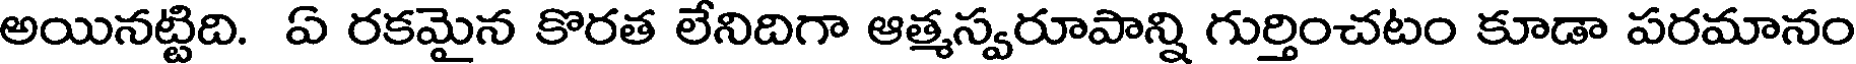
అయినట్టిది. ఏ రకమైన కొరత లేనిదిగా ఆత్మస్వరూపాన్ని గుర్తించటం కూడా పరమానం